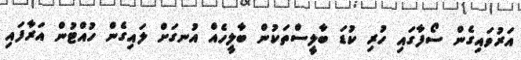
އަރުވައިގެން ސޯފާގައި ހުރި ކުޑަ ބާލީސްތަކުން ބާލީހެއް އުނގަށް ލައިގެން ހުއްޓުން އަރާފައި